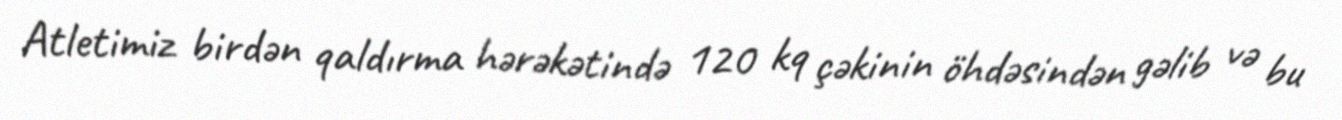
Atletimiz birdən qaldırma hərəkətində 120 kq çəkinin öhdəsindən gəlib və bu